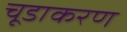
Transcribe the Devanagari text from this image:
चूडाकरण